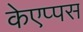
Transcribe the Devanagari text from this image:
केएप्पस